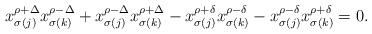
LaTeX: \begin{align*} x_{\sigma (j)}^{\rho + \Delta} x_{\sigma (k)}^{\rho - \Delta} + x_{\sigma (j)}^{\rho - \Delta} x_{\sigma (k)}^{\rho + \Delta} - x_{\sigma (j)}^{\rho + \delta} x_{\sigma (k)}^{\rho - \delta} - x_{\sigma (j)}^{\rho - \delta} x_{\sigma (k)}^{\rho + \delta} = 0. \end{align*}